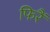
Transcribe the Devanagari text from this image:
फिरैं